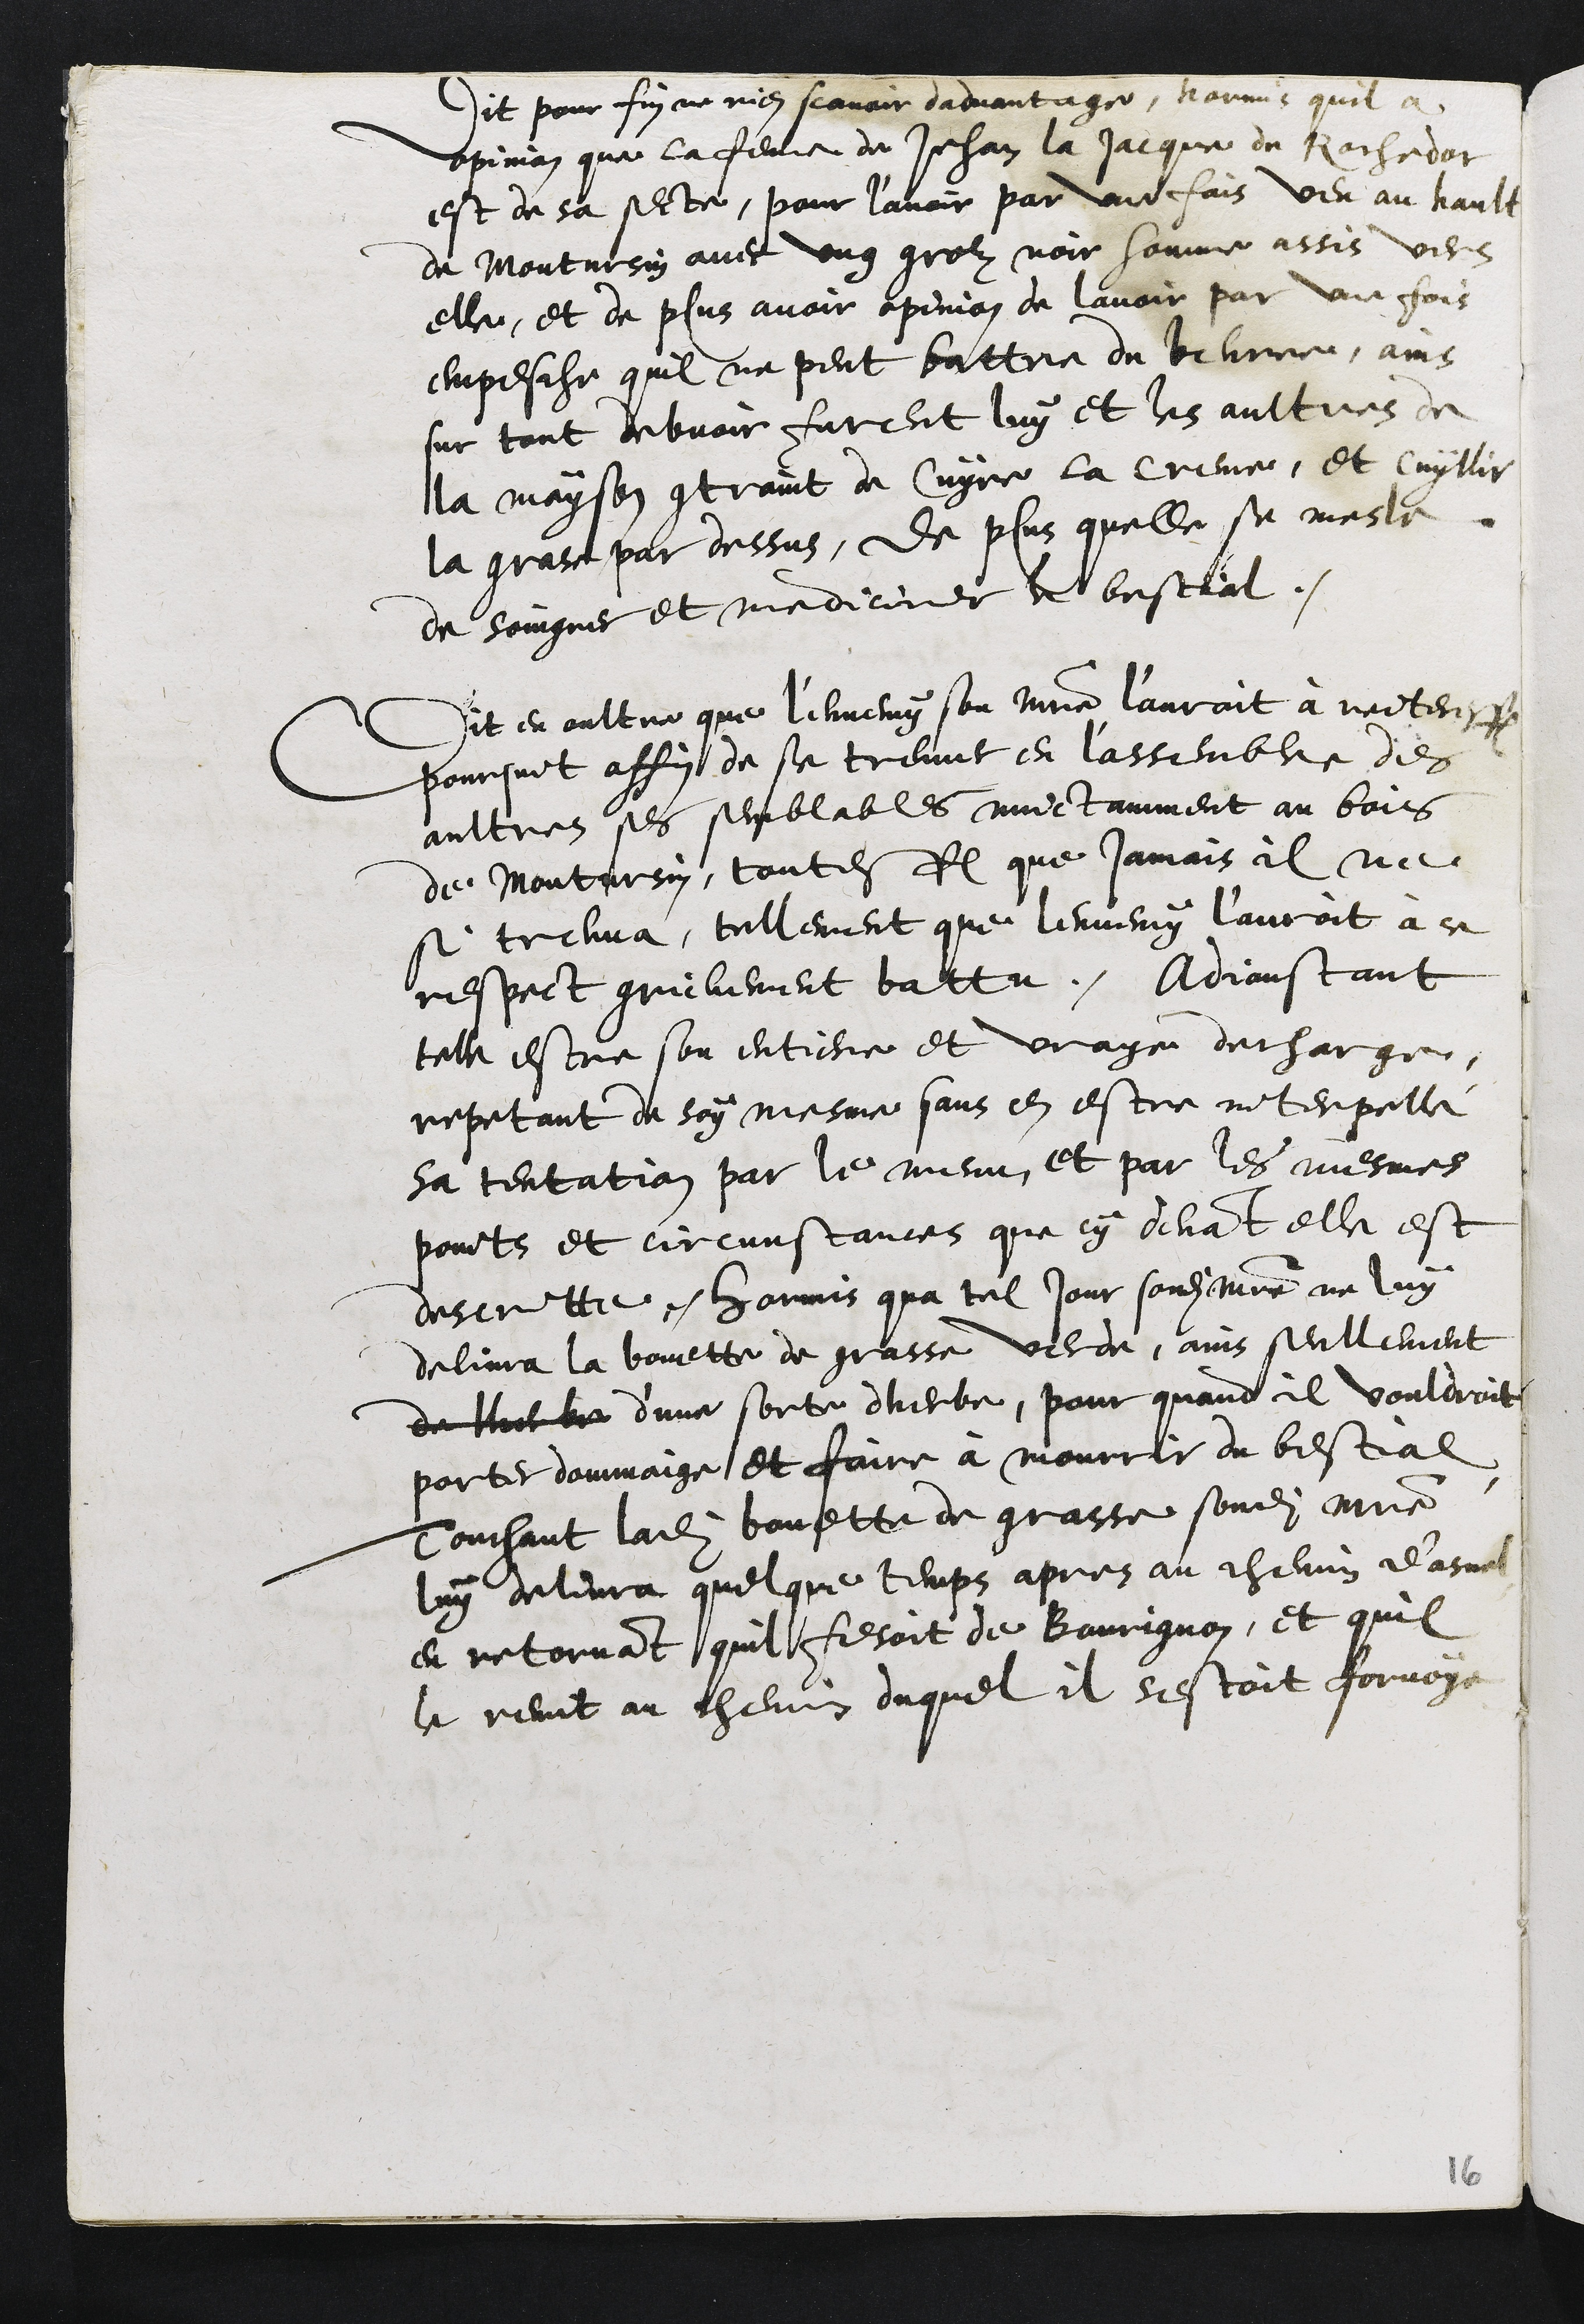
dit pour fin ne rien scavoir dadvantage hormis quil a
opinion que la femme de Jehan la Jacque de Rochedor
est de sa secte, pour l’avoir par une fois veu au hault
de Montursin avec ung grolz noir homme assis vers
elle, et de plus avoir opinion de lavoir par une fois
empesche quil ne peut battre du beurre, ains
sur tout debvoir furent luy et les aultres de
la mayson contraint de Cuyre la creme, et cuyllir
la grase par dessus, de plus quelle se mesle
de soingner et mediciner le bestial.
Dit en oultre que l'ennemy son maitre l'auroit à reiteresfois
poursuit affin de se treuver en l'assemblee des
aultres ses semblables nuictamment au bois
de Montursin, toutesfois que jamais il ne
si treuva, tellement que lennemy l’auroit à ce
respect grievement battu. Adjoustant
telle estre son entiere et vraye decharge,
repetant de soy mesme sans en estre interpellé
sa tentation par le menu, et par les mesmes
points et circunstances que cy devant elle est
descritte hormis qua tel jour sondit maistre ne luy
delivra la bouette de grasse verde, ains seullement
de lherbe d'une sorte dherbe, pour quand il vouldroit
porter dommaige et faire à mourrir du bestial
Touchant ladite bouette de grasse sondit maistre
luy delivra quelque temps apres au chemin d'asuel
en retornant quil fesoit de Bourignon, et quil
le remit au chemin duquel il sestoit forvoye